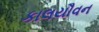
કાલયૌવન